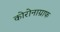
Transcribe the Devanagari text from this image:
कोरोनाग्राफ